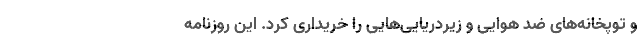
و توپخانه‌های ضد هوایی و زیردریایی‌هایی را خریداری کرد. این روزنامه